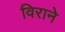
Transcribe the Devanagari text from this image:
विराने